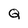
Character: Q